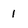
Character: 1